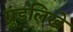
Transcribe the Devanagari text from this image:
ग्रुंडलिखे